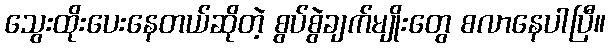
သွေးထိုးပေးနေတယ်ဆိုတဲ့ စွပ်စွဲချက်မျိုးတွေ စလာနေပါပြီ။